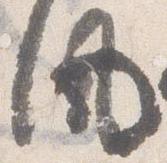
風